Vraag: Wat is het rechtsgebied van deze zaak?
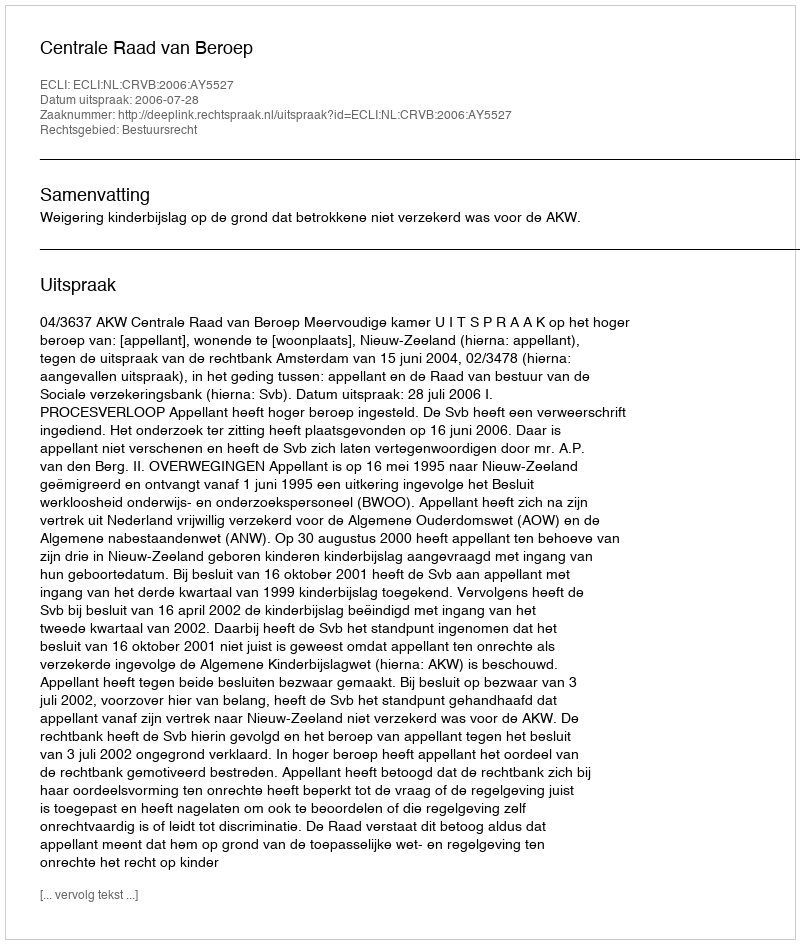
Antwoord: Bestuursrecht